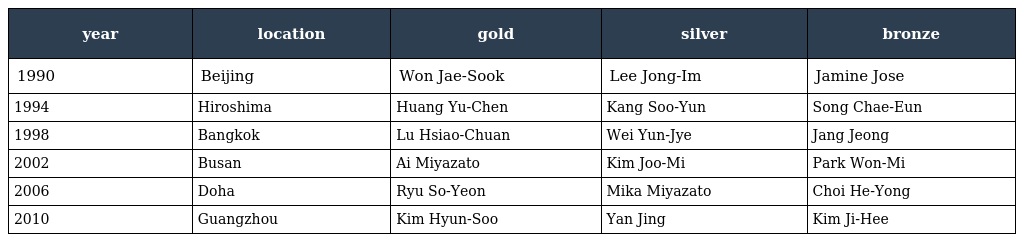
| year | location | gold | silver | bronze |
 | --- | --- | --- | --- | --- |
 | 1990 | Beijing | Won Jae-Sook | Lee Jong-Im | Jamine Jose |
 | 1994 | Hiroshima | Huang Yu-Chen | Kang Soo-Yun | Song Chae-Eun |
 | 1998 | Bangkok | Lu Hsiao-Chuan | Wei Yun-Jye | Jang Jeong |
 | 2002 | Busan | Ai Miyazato | Kim Joo-Mi | Park Won-Mi |
 | 2006 | Doha | Ryu So-Yeon | Mika Miyazato | Choi He-Yong |
 | 2010 | Guangzhou | Kim Hyun-Soo | Yan Jing | Kim Ji-Hee |